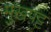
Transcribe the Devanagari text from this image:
मुखपट्ट